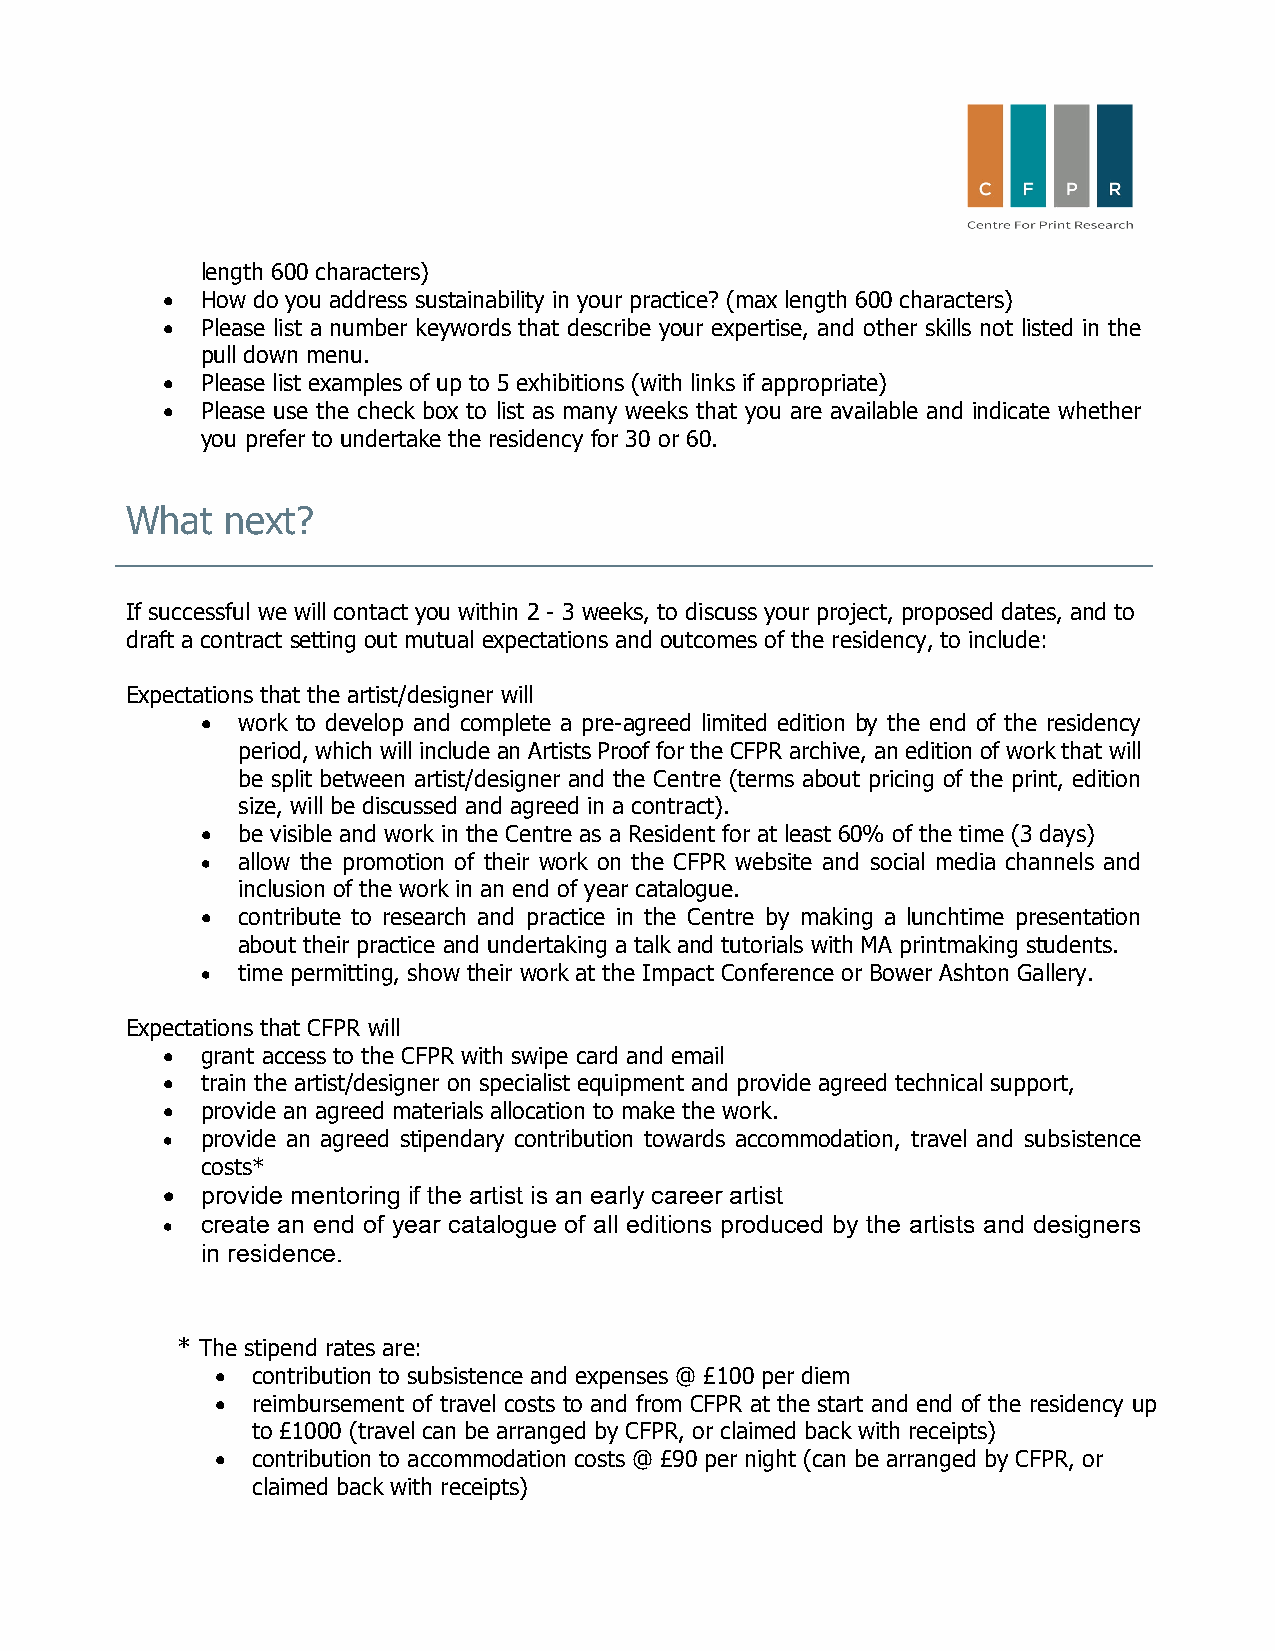
length 600 characters)
 • How do you address sustainability in your practice? (max length 600 characters)
 • Please list a number keywords that describe your expertise, and other skills not listed in the
 pull down menu.
 • Please list examples of up to 5 exhibitions (with links if appropriate)
 • Please use the check box to list as many weeks that you are available and indicate whether
 you prefer to undertake the residency for 30 or 60.
 What   next?
 If successful we will contact you within 2 - 3 weeks, to discuss your project, proposed dates, and to
 draft a contract setting out mutual expectations and outcomes of the residency, to include:
 Expectations that the artist/designer will
 •  work to develop and complete a pre-agreed limited edition by the end of the residency
 period, which will include an Artists Proof for the CFPR archive, an edition of work that will
 be split between artist/designer and the Centre (terms about pricing of the print, edition
 size, will be discussed and agreed in a contract).
 •  be visible and work in the Centre as a Resident for at least 60% of the time (3 days)
 •  allow the promotion of their work on the CFPR website and social media channels and
 inclusion of the work in an end of year catalogue.
 •  contribute to research and practice in the Centre by making a lunchtime presentation
 about their practice and undertaking a talk and tutorials with MA printmaking students.
 •  time permitting, show their work at the Impact Conference or Bower Ashton Gallery.
 Expectations that CFPR will
 • grant access to the CFPR with swipe card and email
 • train the artist/designer on specialist equipment and provide agreed technical support,
 • provide an agreed materials allocation to make the work.
 • provide an agreed stipendary contribution towards accommodation, travel and subsistence
 costs*
 • provide mentoring if the artist is an early career artist
 • create an end of year catalogue of all editions produced by the artists and designers
 in residence.
 * The stipend rates are:
 •  contribution to subsistence and expenses @ £100 per diem
 •  reimbursement of travel costs to and from CFPR at the start and end of the residency up
 to £1000 (travel can be arranged by CFPR, or claimed back with receipts)
 •  contribution to accommodation costs @ £90 per night (can be arranged by CFPR, or
 claimed back with receipts)